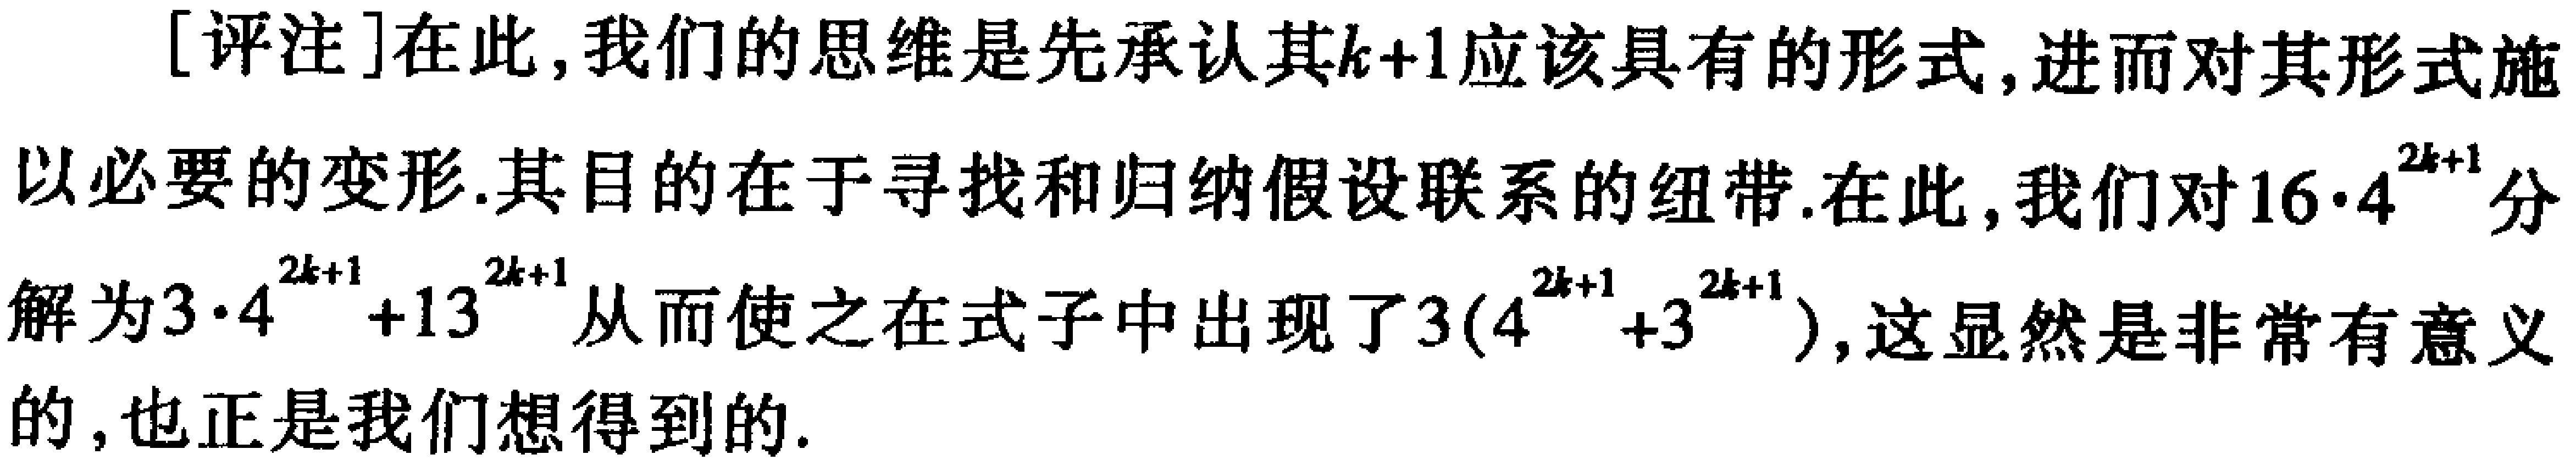
[评注]在此，我们的思维是先承认其\(k + 1\)应该具有的形式，进而对其形式施以必要的变形.其目的在于寻找和归纳假设联系的纽带.在此，我们对\(16\cdot4^{2k + 1}\)分解为\(3\cdot4^{2k + 1}+13^{2k + 1}\)从而使之在式子中出现了\(3(4^{2k + 1}+3^{2k + 1})\)，这显然是非常有意义的，也正是我们想得到的.